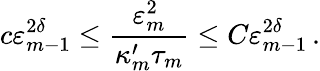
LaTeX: c\varepsilon_{m-1}^{2\delta}\leq\frac{\varepsilon_{m}^{2}}{\kappa_{m}^{\prime}\tau_{m}}\leq C\varepsilon_{m-1}^{2\delta}\, .